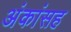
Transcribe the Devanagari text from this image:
अंकांसह